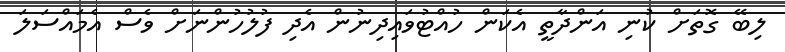
ލިބޭ ގޮތަށް ކުނި އަންދާތީ އެކަން ހުއްޓުވައިދިނުން އެދި ފުލުހުންނަށް ވެސް އެމައްސަލަ